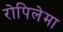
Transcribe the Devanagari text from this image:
रोपिलेमा